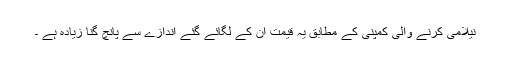
نیلامی کرنے والی کمپنی کے مطابق یہ قیمت ان کے لگائے گئے اندازے سے پانچ گنا زیادہ ہے ۔